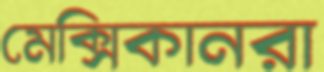
মেক্সিকানরা